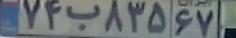
۷۴ب۸۳۵۶۷